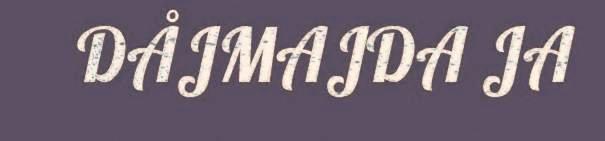
DÅJMAJDA JA